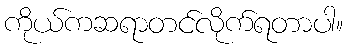
ကိုယ်ကဆရာတင်လိုက်ရတာပါ။